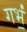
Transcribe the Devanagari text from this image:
गर्भं॒